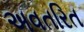
અવતરિત